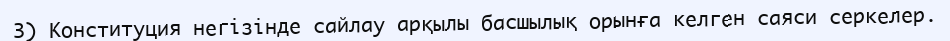
3) Конституция негізінде сайлау арқылы басшылық орынға келген саяси серкелер.